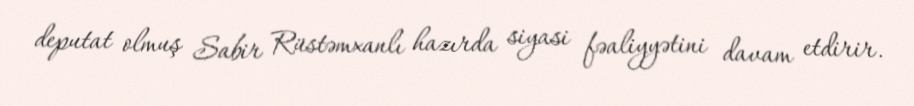
deputat olmuş Sabir Rüstəmxanlı hazırda siyasi fəaliyyətini davam etdirir.